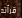
قرأته